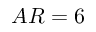
A R = 6